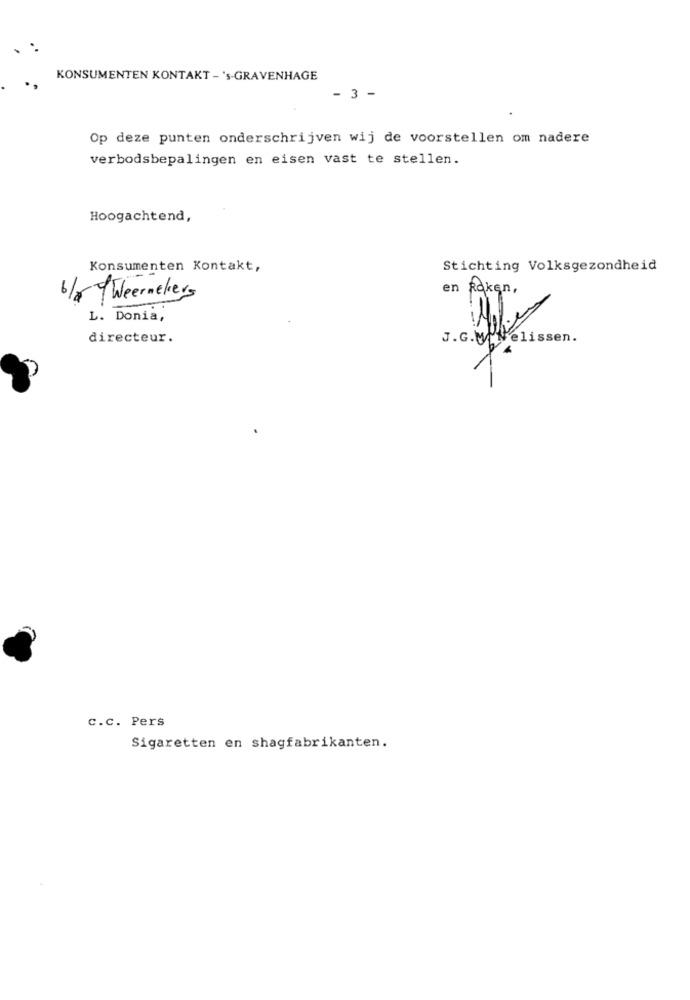
KONSUMENTEN KONTAKT - 's-GRAVENHAGE
- 3 -
.
Op deze punten onderschrijven wij de voorstellen om nadere
verbodsbepalingen en eisen vast te stellen.
Hoogachtend,
Konsumenten Kontakt,
Stichting Volksgezondheid
en Raken,
6/8 /Weernekers
L. Donia,
directeur.
J.G.WoNelissen.
c.c. Pers
Sigaretten en shagfabrikanten.